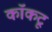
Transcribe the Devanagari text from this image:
कॉकटू